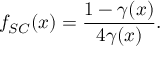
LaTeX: f _ { S C } ( x ) = \frac { 1 - \gamma ( x ) } { 4 \gamma ( x ) } .